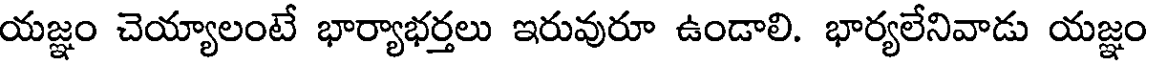
యజ్ఞం చెయ్యాలంటే భార్యాభర్తలు ఇరువురూ ఉండాలి. భార్యలేనివాడు యజ్ఞం